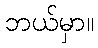
ဘယ်မှာ။